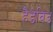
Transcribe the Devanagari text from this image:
हैडेविड